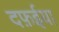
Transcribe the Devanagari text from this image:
दफ़ईया